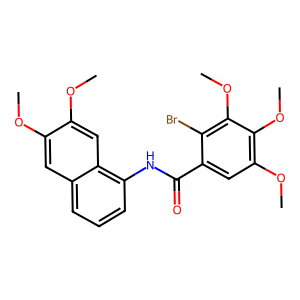
SMILES: COc1cc2cccc(NC(=O)c3cc(OC)c(OC)c(OC)c3Br)c2cc1OC
Inhibits HIV replication: No